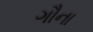
ગૌના